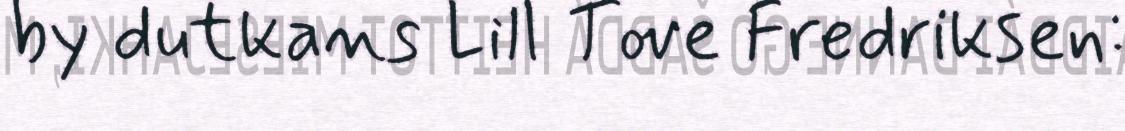
by dutkans Lill Tove Fredriksen: